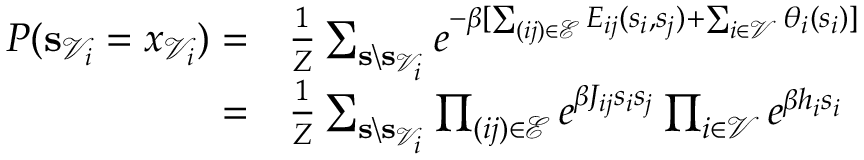
\begin{array} { r l } { P ( \mathbf { s } _ { \mathcal { V } _ { i } } = x _ { \mathcal { V } _ { i } } ) = } & { { } \frac { 1 } { Z } \sum _ { \mathbf { s } \backslash \mathbf { s } _ { \mathcal { V } _ { i } } } e ^ { - \beta [ \sum _ { ( i j ) \in \mathcal { E } } E _ { i j } ( s _ { i } , s _ { j } ) + \sum _ { i \in \mathcal { V } } \theta _ { i } ( s _ { i } ) ] } } \\ { = } & { { } \frac { 1 } { Z } \sum _ { \mathbf { s } \backslash \mathbf { s } _ { \mathcal { V } _ { i } } } \prod _ { ( i j ) \in \mathcal { E } } e ^ { \beta J _ { i j } s _ { i } s _ { j } } \prod _ { i \in \mathcal { V } } e ^ { \beta h _ { i } s _ { i } } } \end{array}